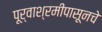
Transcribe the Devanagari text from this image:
पूर्वाश्रमीपासूनचे